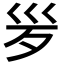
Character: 𣧄